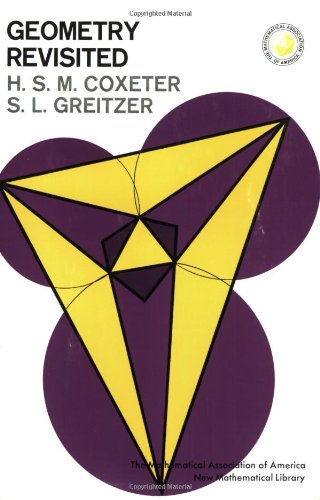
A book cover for Geometry Revisited (New Mathematical Library); H. S. M. Coxeter; Science & Math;